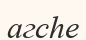
агсһе